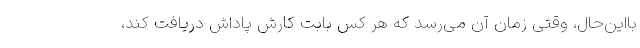
بااین‌حال، وقتی زمان آن می‌رسد که هر کس بابت کارش پاداش دریافت کند،